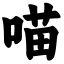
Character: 喵